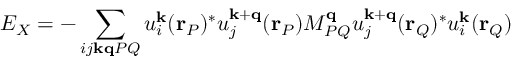
E _ { X } = - \sum _ { i j \mathbf { k } \mathbf { q } P Q } u _ { i } ^ { \mathbf { k } } ( \mathbf { r } _ { P } ) ^ { * } u _ { j } ^ { \mathbf { k } + \mathbf { q } } ( \mathbf { r } _ { P } ) M _ { P Q } ^ { \mathbf { q } } u _ { j } ^ { \mathbf { k } + \mathbf { q } } ( \mathbf { r } _ { Q } ) ^ { * } u _ { i } ^ { \mathbf { k } } ( \mathbf { r } _ { Q } )